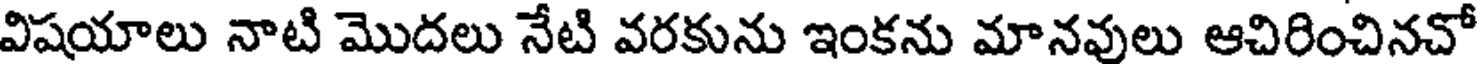
విషయాలు నాటి మొదలు నేటి వరకును ఇంకను మానవులు ఆచిరించినచో